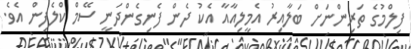
ފިލްމުގެ ތަރިންނަށް ބަލާއިރު އެމީލިއާއާ އެކު ދެން ފެނިގެންދަނީ ސޭމް ކްލެފިން އެވެ.